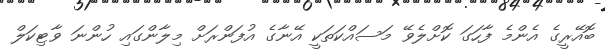
ބޮއޭރީގެ އެންމެ ފާހަގަ ކޮށްލެވޭ މަސައްކަތަކީ އޭނާގެ އުފަންރަށް މިލާންގައި ހުންނަ ވާޓިކަލް